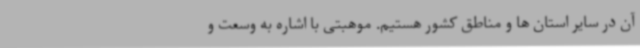
آن در سایر استان ها و مناطق کشور هستیم. موهبتی با اشاره به وسعت و